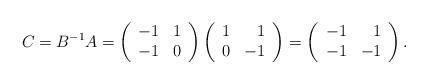
LaTeX: \begin{align*}C=B^{-1}A=\left( \begin{array}{rr} -1 & 1 \\ -1 & 0 \\ \end{array}\right)\left( \begin{array}{rr} 1 & 1 \\ 0 & -1 \\ \end{array}\right)=\left( \begin{array}{rr} -1 & 1 \\ -1 & -1 \\ \end{array}\right).\end{align*}